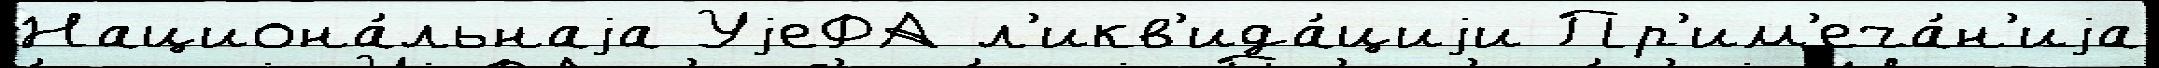
Национа́льнаjа УjеФА л'икв'ида́циjи Пр'им'еча́н'иjа